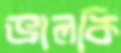
ভালকি